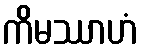
ကိမဿာဟံ